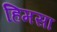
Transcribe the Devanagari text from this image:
हिमसा